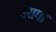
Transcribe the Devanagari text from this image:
उरागा